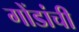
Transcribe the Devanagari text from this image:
गोंडांची